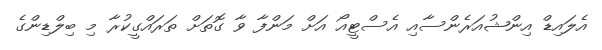
އެލައިޑް އިންޝުއަރެންސާއި އެސްޓީއޯ އަށް މަންފާ ވާ ގޮތަށް ތަރައްގީކުރާ މި ބިލްޑިންގެ